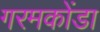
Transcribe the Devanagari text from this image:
गरमकोंडा